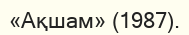
«Ақшам» (1987).